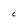
Character: C